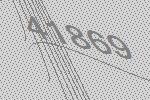
41869